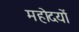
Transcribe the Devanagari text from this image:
महोदयों